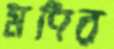
মণির